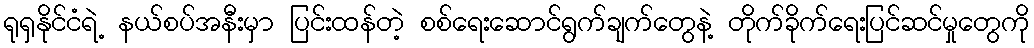
ရုရှနိုင်ငံရဲ့ နယ်စပ်အနီးမှာ ပြင်းထန်တဲ့ စစ်ရေးဆောင်ရွက်ချက်တွေနဲ့ တိုက်ခိုက်ရေးပြင်ဆင်မှုတွေကို